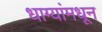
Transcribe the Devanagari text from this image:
धाग्यांमधून